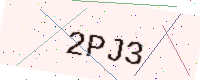
Text: 2PJ3